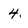
Character: 4